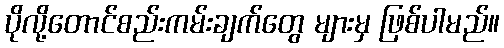
ပိုလို့တောင်စည်းကမ်းချက်တွေ များမှ ဖြစ်ပါမည်။